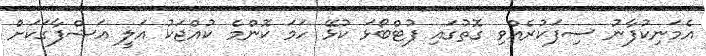
އެމަނިކުފާނު ސިފަކުރެއްވި ގޮތުގައި ފުޓްބޯޅަ ކުޅޭ ހަމަ ކޮންމެ ކުއްޖަކު އަލީ އަޝްފާގަކަށް